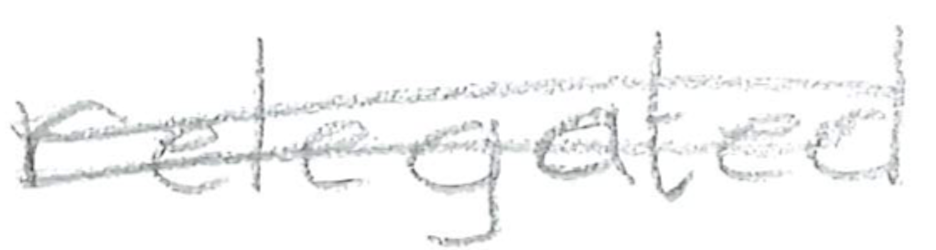
Text: relegated
Cross-out: double-line
Writing tool: pencil